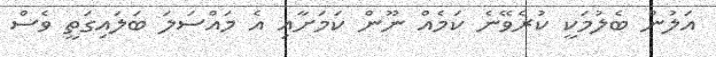
އަލުން ބެލުމަކީ ކުރެވޭނެ ކަމެއް ނޫން ކަމަށާއި އެ މައްސަލަ ބަލައިގަތީ ވެސް